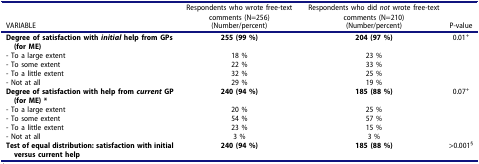
<table><thead><tr><td><b>VARIABLE</b></td><td><b>Respondents who wrote free-text comments (N=256)(Number/percent)</b></td><td><b>Respondents who did <i>not</i> wrote free-text comments (N=210)(Number/percent)</b></td><td><b>P-value</b></td></tr></thead><tbody><tr><td><b>Degree of satisfaction with <i>initial</i> help from GPs (for ME)</b></td><td><b>255 (99 %)</b></td><td><b>204 (97 %)</b></td><td>0.01<sup>+</sup></td></tr><tr><td>- To a large extent</td><td>18 %</td><td>23 %</td><td> </td></tr><tr><td>- To some extent</td><td>22 %</td><td>33 %</td><td> </td></tr><tr><td>- To a little extent</td><td>32 %</td><td>25 %</td><td> </td></tr><tr><td>- Not at all</td><td>29 %</td><td>19 %</td><td> </td></tr><tr><td><b>Degree of satisfaction with help from <i>current</i> GP (for ME) *</b></td><td><b>240 (94 %)</b></td><td><b>185 (88 %)</b></td><td>0.07<sup>+</sup></td></tr><tr><td>- To a large extent</td><td>20 %</td><td>25 %</td><td> </td></tr><tr><td>- To some extent</td><td>54 %</td><td>57 %</td><td> </td></tr><tr><td>- To a little extent</td><td>23 %</td><td>15 %</td><td> </td></tr><tr><td>- Not at all</td><td>3 %</td><td>3 %</td><td> </td></tr><tr><td><b>Test of equal distribution: satisfaction with initial versus current help</b></td><td><b>240 (94 %)</b></td><td><b>185 (88 %)</b></td><td>&gt;0.001<sup>§</sup></td></tr></tbody></table>